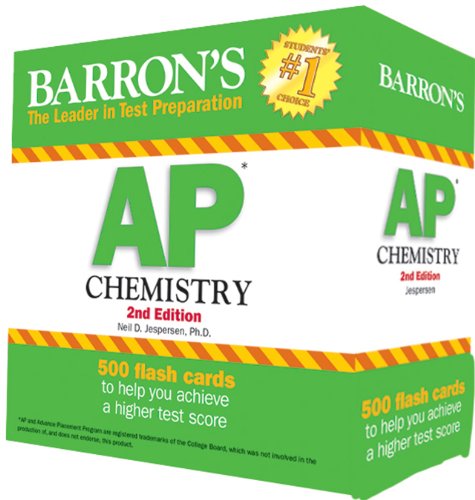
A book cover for Barron's AP Chemistry Flash Cards, 2nd Edition; Neil D. Jespersen; Test Preparation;